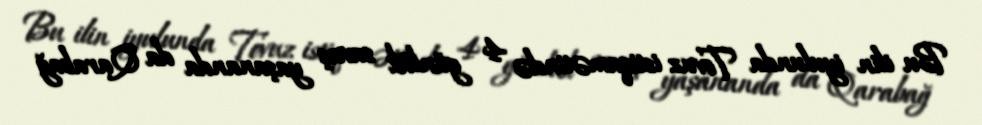
Bu ilin iyulunda Tovuz istiqamətində 4 günlük savaş yaşananda da Qarabağ